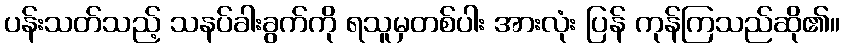
ပန်းသတ်သည့် သနပ်ခါးခွက်ကို ရသူမှတစ်ပါး အားလုံး ပြန် ကုန်ကြသည်ဆို၏။